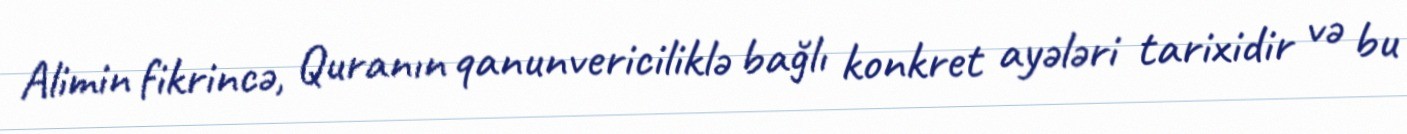
Alimin fikrincə, Quranın qanunvericiliklə bağlı konkret ayələri tarixidir və bu